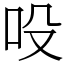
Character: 吺